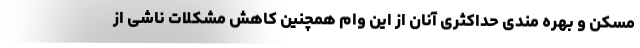
مسکن و بهره مندی حداکثری آنان از این وام همچنین کاهش مشکلات ناشی از